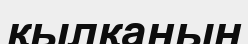
қылқанын